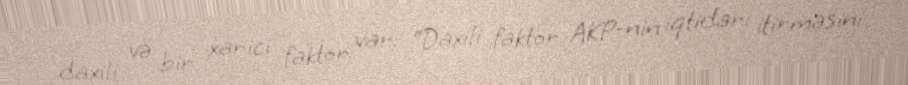
daxili və bir xarici faktor var: “Daxili faktor AKP-nin iqtidarı itirməsini